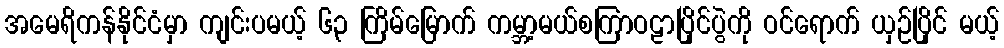
အမေရိကန်နိုင်ငံမှာ ကျင်းပမယ့် ၆၃ ကြိမ်မြောက် ကမ္ဘာ့မယ်စကြာဝဠာပြိုင်ပွဲကို ဝင်ရောက် ယှဉ်ပြိုင် မယ့်